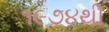
૧૯૭૪થી